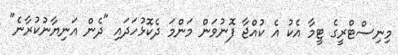
މިނިސްޓްރީގެ ޓީމާ އެކު އެ ކުއްޖާ ފޮނުވަން މަންމަ ދެކޮޅުހަދައި "ދެން އަނިޔާނުކުރާނެ"